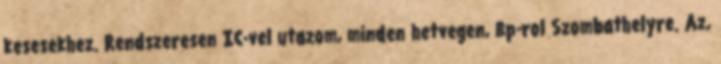
kesesekhez. Rendszeresen IC-vel utazom, minden hetvegen, Bp-rol Szombathelyre. Az,